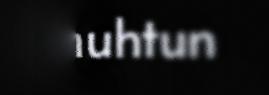
muhtun